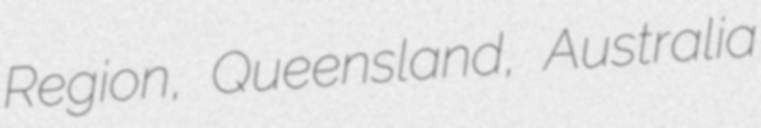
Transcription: Region, Queensland, Australia